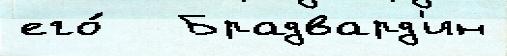
его́   Брадвард'ин